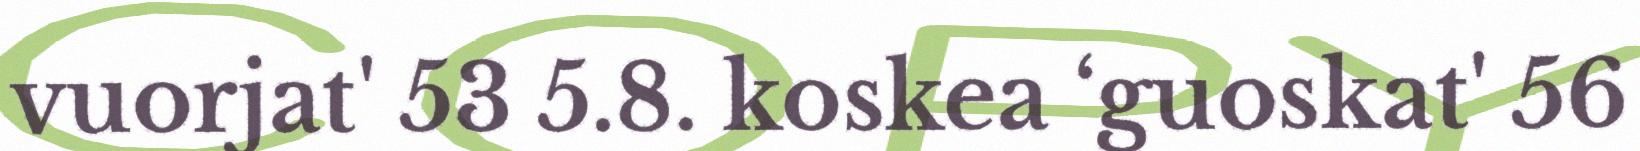
vuorjat' 53 5.8. koskea ‘guoskat' 56